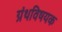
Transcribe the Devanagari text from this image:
ग्रंथविषयक